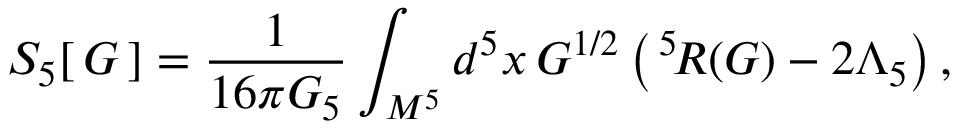
S _ { 5 } [ \, G \, ] = \frac 1 { 1 6 \pi G _ { 5 } } \int _ { M ^ { 5 } } d ^ { 5 } x \, G ^ { 1 / 2 } \left( \, \vphantom { I } ^ { 5 } \! R ( G ) - 2 \Lambda _ { 5 } \right) ,